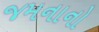
જમનાનો